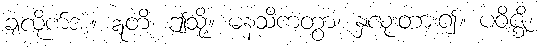
ချလိုက်အံ့။ ဣတိ၊ ဤသို့။ မနသိကတွာ၊ နှလုံးတား၍။ ပဝိဇ္ဈိ၊